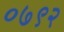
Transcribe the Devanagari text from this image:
०७९२